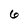
Character: 6